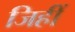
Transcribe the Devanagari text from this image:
जिहीं